Report of an investigation into the causes of malaria in Bombay and the measures necessary for its control
Disease focus: Malaria
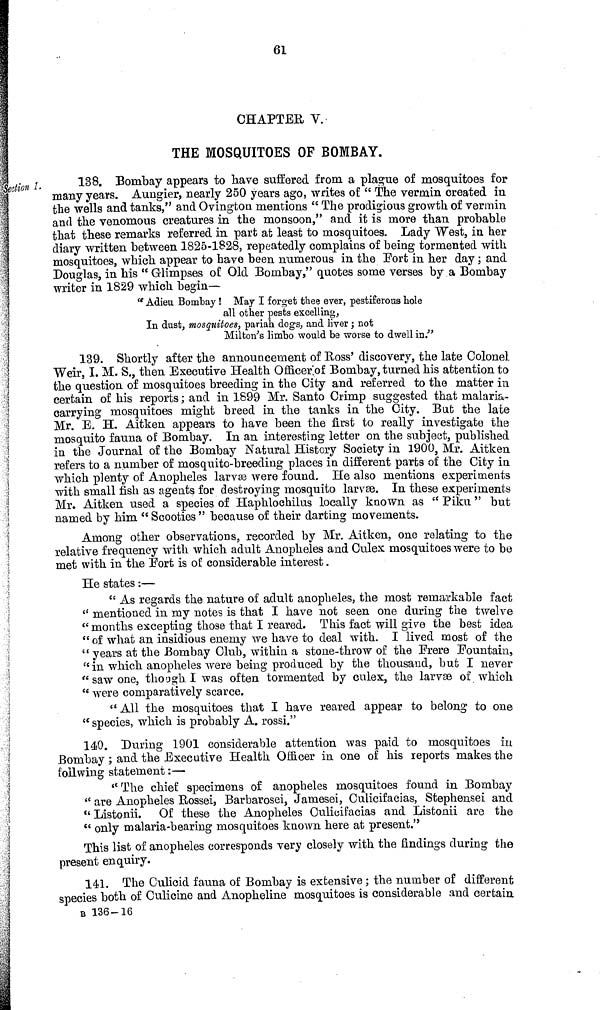
Section 1.
61
CHAPTER V.
THE MOSQUITOES OF BOMBAY.
138. Bombay appears to have suffered from a plague of mosquitoes for
many years. Aungier, nearly 250 years ago, writes of "The vermin created in
the wells and tanks," and Ovington mentions "The prodigious growth of vermin
and the venomous creatures in the monsoon," and it is more than probable
that these remarks referred in part at least to mosquitoes. Lady West, in her
diary written between 1825-1828, repeatedly complains of being tormented with
mosquitoes, which appear to have been numerous in the Fort in her day ; and
Douglas, in his "Glimpses of Old Bombay," quotes some verses by a Bombay
writer in 1829 which begin—
"Adieu Bombay! May I forget thee ever, pestiferous hole
all other pests excelling,
In dust, mosquitoes, pariah dogs, and liver ; not
Milton's limbo would be worse to dwell in."
139. Shortly after the announcement of Ross' discovery, the late Colonel
Weir, I. M. S., then Executive Health Officer of Bombay, turned his attention to
the question of mosquitoes breeding in the City and referred to the matter in
certain of his reports ; and in 1899 Mr. Santo Crimp suggested that malaria-
carrying mosquitoes might breed in the tanks in the City. But the late
Mr. E. H. Aitken appears to have been the first to really investigate the
mosquito fauna of Bombay. In an interesting letter on the subject, published
in the Journal of the Bombay Natural History Society in 1900, Mr. Aitken
refers to a number of mosquito-breeding places in different parts of the City in
which plenty of Anopheles larvæwere found. He also mentions experiments
with small fish as agents for destroying mosquito larvx. In these experiments
Mr. Aitken used a species of Haphlochilus locally known as "Piku" but
named by him "Scooties" because of their darting movements.
Among other observations, recorded by Mr. Aitken, one relating to the
relative frequency with which adult Anopheles and Culex mosquitoes were to be
met with in the Fort is of considerable interest.
He states :—
"As regards the nature of adult anopheles, the most remarkable fact
"mentioned in my notes is that I have not seen one during the twelve
"months excepting those that I reared. This fact will give the best idea
"of what an insidious enemy we have to deal with. I lived most of the
"years at the Bombay Club, within a stone-throw of the Frere Fountain,
"in which anopheles were being produced by the thousand, but I never
"saw one, though I was often tormented by culex, the larvæof which
"were comparatively scarce.
" All the mosquitoes that I have reared appear to belong to one
" species, which is probably A. rossi."
140. During 1901 considerable attention was paid to mosquitoes in
Bombay ; and the Executive Health Officer in one of his reports makes the
follwing statement :—
" The chief specimens of anopheles mosquitoes found in Bombay
" are Anopheles Rossei, Barbarosei, Jamesei, Culicifacias, Stephensei and
" Listonii. Of these the Anopheles Culicifacias and Listonii are the
" only malaria-bearing mosquitoes known here at present."
This list of anopheles corresponds very closely with the findings during the
present enquiry.
141. The Culicid fauna of Bombay is extensive ; the number of different
species both of Culicine and Anopheline mosquitoes is considerable and certain
B 136-16